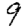
Digit: 9